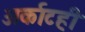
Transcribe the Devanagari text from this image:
अर्काटही